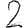
Digit: 2